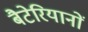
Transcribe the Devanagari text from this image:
बैटेरियानों